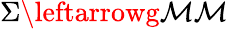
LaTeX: \Sigma\leftarrowg\mathcal{M}\mathcal{M}